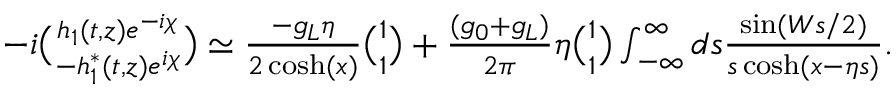
\begin{array} { r l r } & { } & { - i { \binom { h _ { 1 } ( t , z ) e ^ { - i \chi } } { - h _ { 1 } ^ { \ast } ( t , z ) e ^ { i \chi } } } \simeq \frac { - g _ { L } \eta } { 2 \cosh ( x ) } { \binom { 1 } { 1 } } + \frac { ( g _ { 0 } + g _ { L } ) } { 2 \pi } \eta { \binom { 1 } { 1 } } \int _ { - \infty } ^ { \infty } d s \frac { \sin ( W s / 2 ) } { s \cosh ( x - \eta s ) } . } \\ & { } & \end{array}